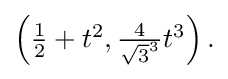
{\textstyle \left({\frac {1}{2}}+t^{2},{\frac {4}{{\sqrt {3}}^{3}}}t^{3}\right).}